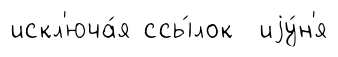
искл'юча́я ссы́лок иjу́н'я